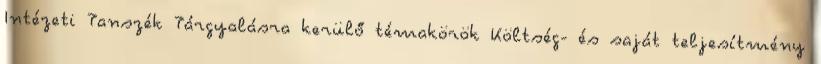
Intézeti Tanszék Tárgyalásra kerülő témakörök Költség- és saját teljesítmény